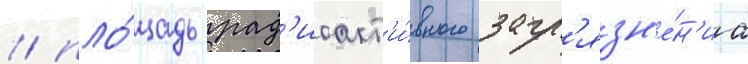
/ пло́щадь рад'иоакт'и́вного загр'язн'е́н'иа